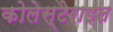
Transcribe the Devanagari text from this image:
कोलेस्टेराइल